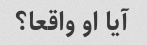
آیا او واقعا؟